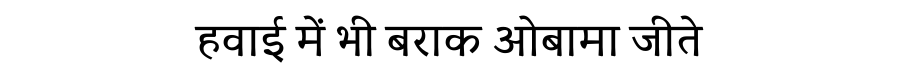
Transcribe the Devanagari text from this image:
हवाई में भी बराक ओबामा जीते